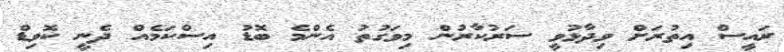
ރައީސް އިތުރަށް ވިދާޅުވީ ސަރުކާރުން މިވަގުތު އެންމެ ބޮޑު އިސްކަމެއް ދެނީ ކޮވިޑް